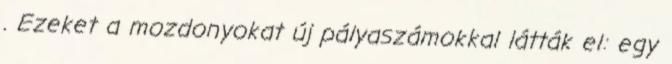
. Ezeket a mozdonyokat új pályaszámokkal látták el: egy